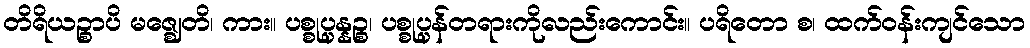
တိရိယဉ္စာပိ မဇ္ဈေတိ၊ ကား။ ပစ္စုပ္ပန္နဉ္စ၊ ပစ္စုပ္ပန်တရားကိုလည်းကောင်း။ ပရိတော စ၊ ထက်ဝန်းကျင်သော